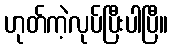
ဟုတ်ကဲ့လုပ်ပြီးပါပြီ။